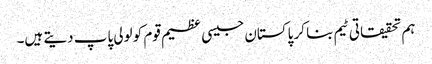
ہم تحقیقاتی ٹیم بنا کر پاکستان جیسی عظیم قوم کو لولی پاپ دیتے ہیں۔